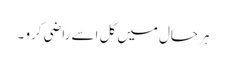
ہر حال میں کل اسے راضی کرو ۔